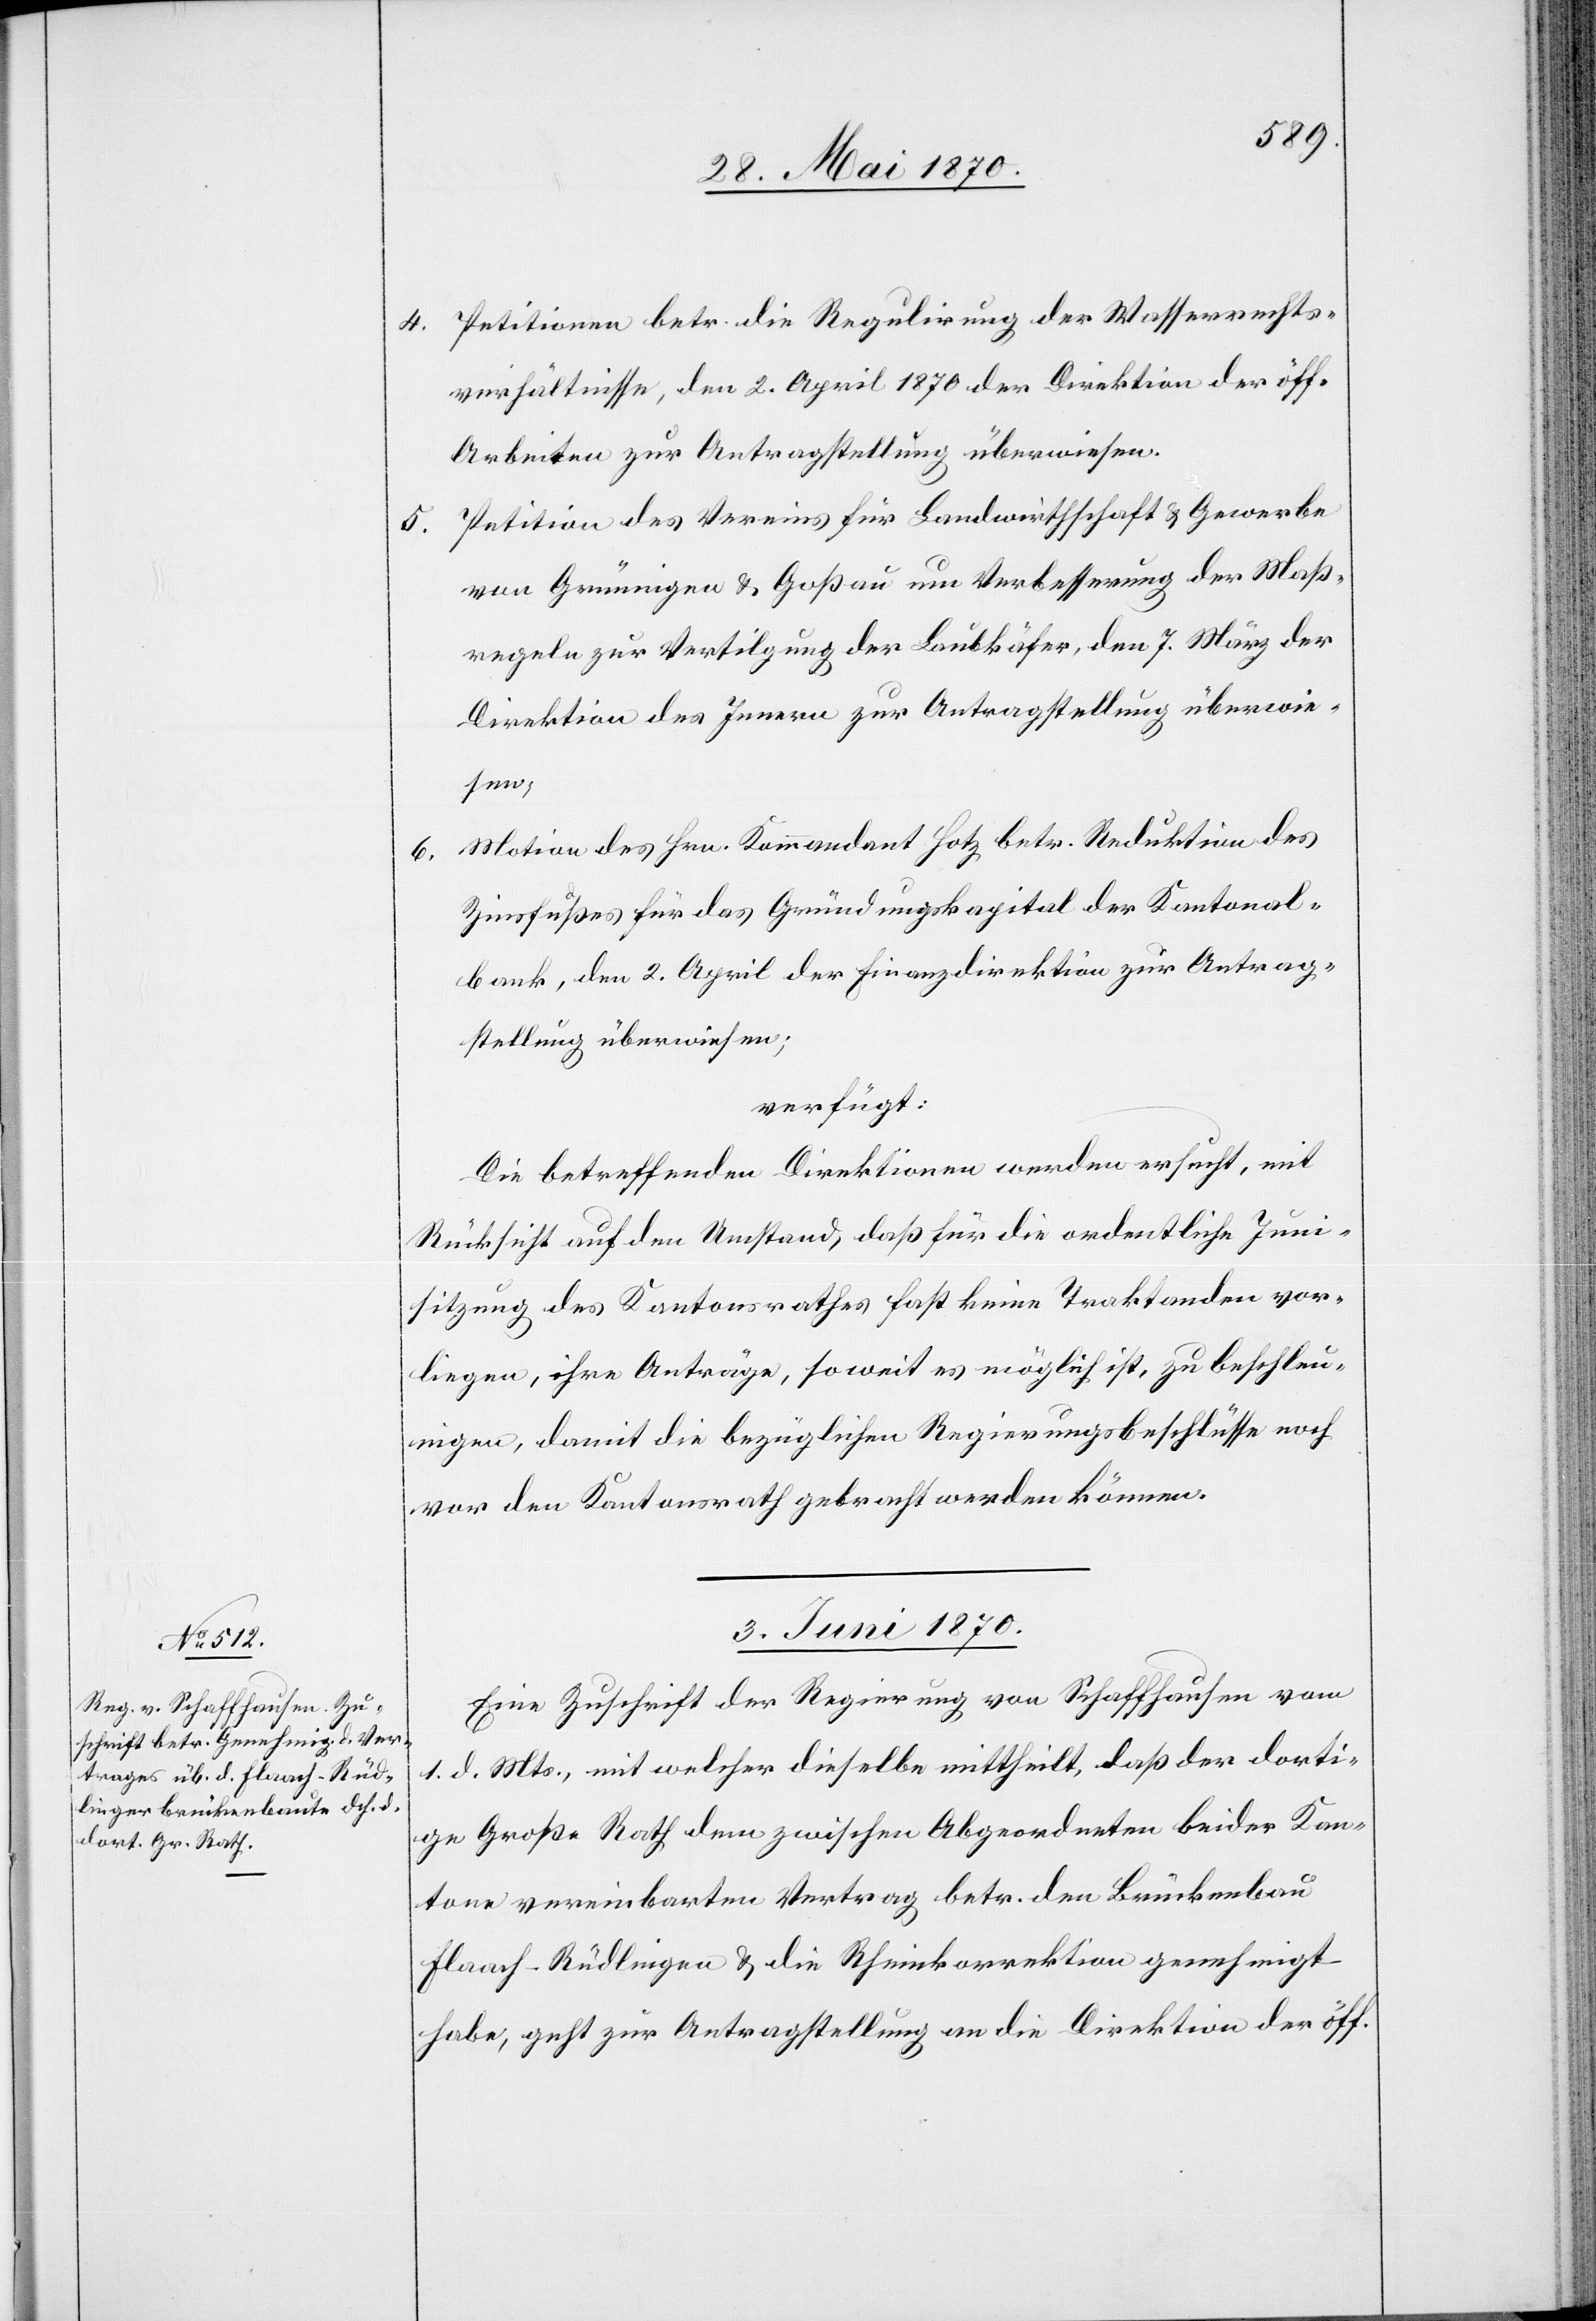
4. Petitionen betr. die Regulirung der Wasserrechts¬
verhältnisse, den 2. April 1870 der Direktion der öff.
Arbeiten zur Antragstellung überwiesen.
5. Petition des Vereins für Landwirthschaft & Gewerbe
von Grüningen & Goßau um Verbesserung der Maß¬
regeln zur Vertilgung der Laubkäfer, den 7. März der
Direktion des Innern zur Antragstellung überwie¬
sen;
6. Motion des Hrn. Kommandant Hotz betr. Reduktion des
Zinsfußes für das Gründungskapital der Kantonal¬
ban, den 2. April der Finanzdirektion zur Antrag¬
stellung überwiesen;
verfügt:
Die betreffenden Direktionen werden ersucht, mit
Rücksicht auf den Umstand, daß für die ordentliche Juni¬
sitzung des Kantonsrathes fast keine Traktanden vor¬
liegen, ihre Anträge, so weit es möglich ist, zu beschleu¬
nigen, damit die bezüglichen Regierungsbeschlüsse noch
vor den Kantonsrath gebracht werden können.
3. Juni 1870.
Eine Zuschrift der Regierung von Schaffhausen vom
1. d. Mts., mit welcher dieselbe mittheilt, daß der dorti¬
ge Große Rath dem zwischen Abgeordneten beider Kan¬
tone vereinbarten Vertrag betr. d. Brückenbau
Flaach–Rüedlingen & die Rheinkorrektion genehmigt
habe, geht zur Antragstellung an die Direktion der öff.